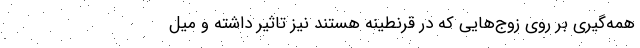
همه‌گیری بر روی زوج‌هایی که در قرنطینه هستند نیز تاثیر داشته و میل